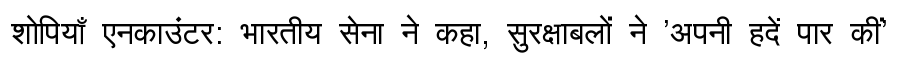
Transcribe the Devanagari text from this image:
शोपियाँ एनकाउंटर: भारतीय सेना ने कहा, सुरक्षाबलों ने 'अपनी हदें पार कीं'